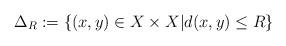
LaTeX: \begin{align*} \Delta_R:=\{(x,y)\in X\times X|d(x,y)\le R\}\end{align*}